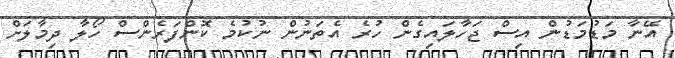
އޭނާ މަޑުމަޑުން އިސް ޖަހާލައިގެން ހުރެ އެތަނުން ނުކުމެ ކޮންފަރެންސް ހޯލާ ދިމާލަށް